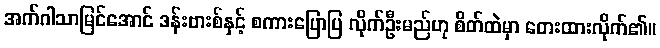
အက်ဂါသာမြင်အောင် ဒန်းဗားစ်နှင့် စကားပြောပြ လိုက်ဦးမည်ဟု စိတ်ထဲမှာ တေးထားလိုက်၏။